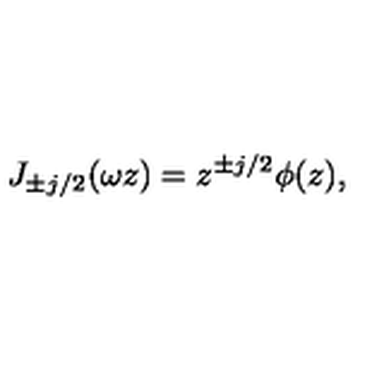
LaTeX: J _ { \pm j / 2 } ( \omega z ) = z ^ { \pm j / 2 } \phi ( z ) ,